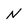
Character: N